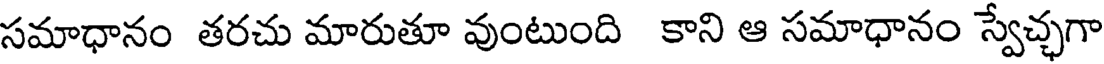
సమాధానం తరచు మారుతూ వుంటుంది కాని ఆ సమాధానం స్వేచ్ఛగా